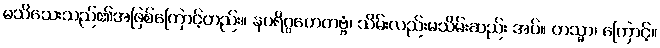
မသိသေးသည်၏အဖြစ်ကြောင့်တည်း။ နပရိဂ္ဂဟေတဗ္ဗံ၊ သိမ်းလည်းမသိမ်းဆည်း အပ်။ တသ္မာ၊ ကြောင့်။